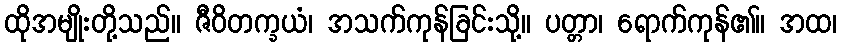
ထိုအမျိုးတို့သည်။ ဇီဝိတက္ခယံ၊ အသက်ကုန်ခြင်းသို့။ ပတ္တာ၊ ရောက်ကုန်၏။ အထ၊